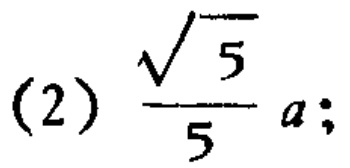
(2) $\frac{\sqrt{5}}{5}a;$